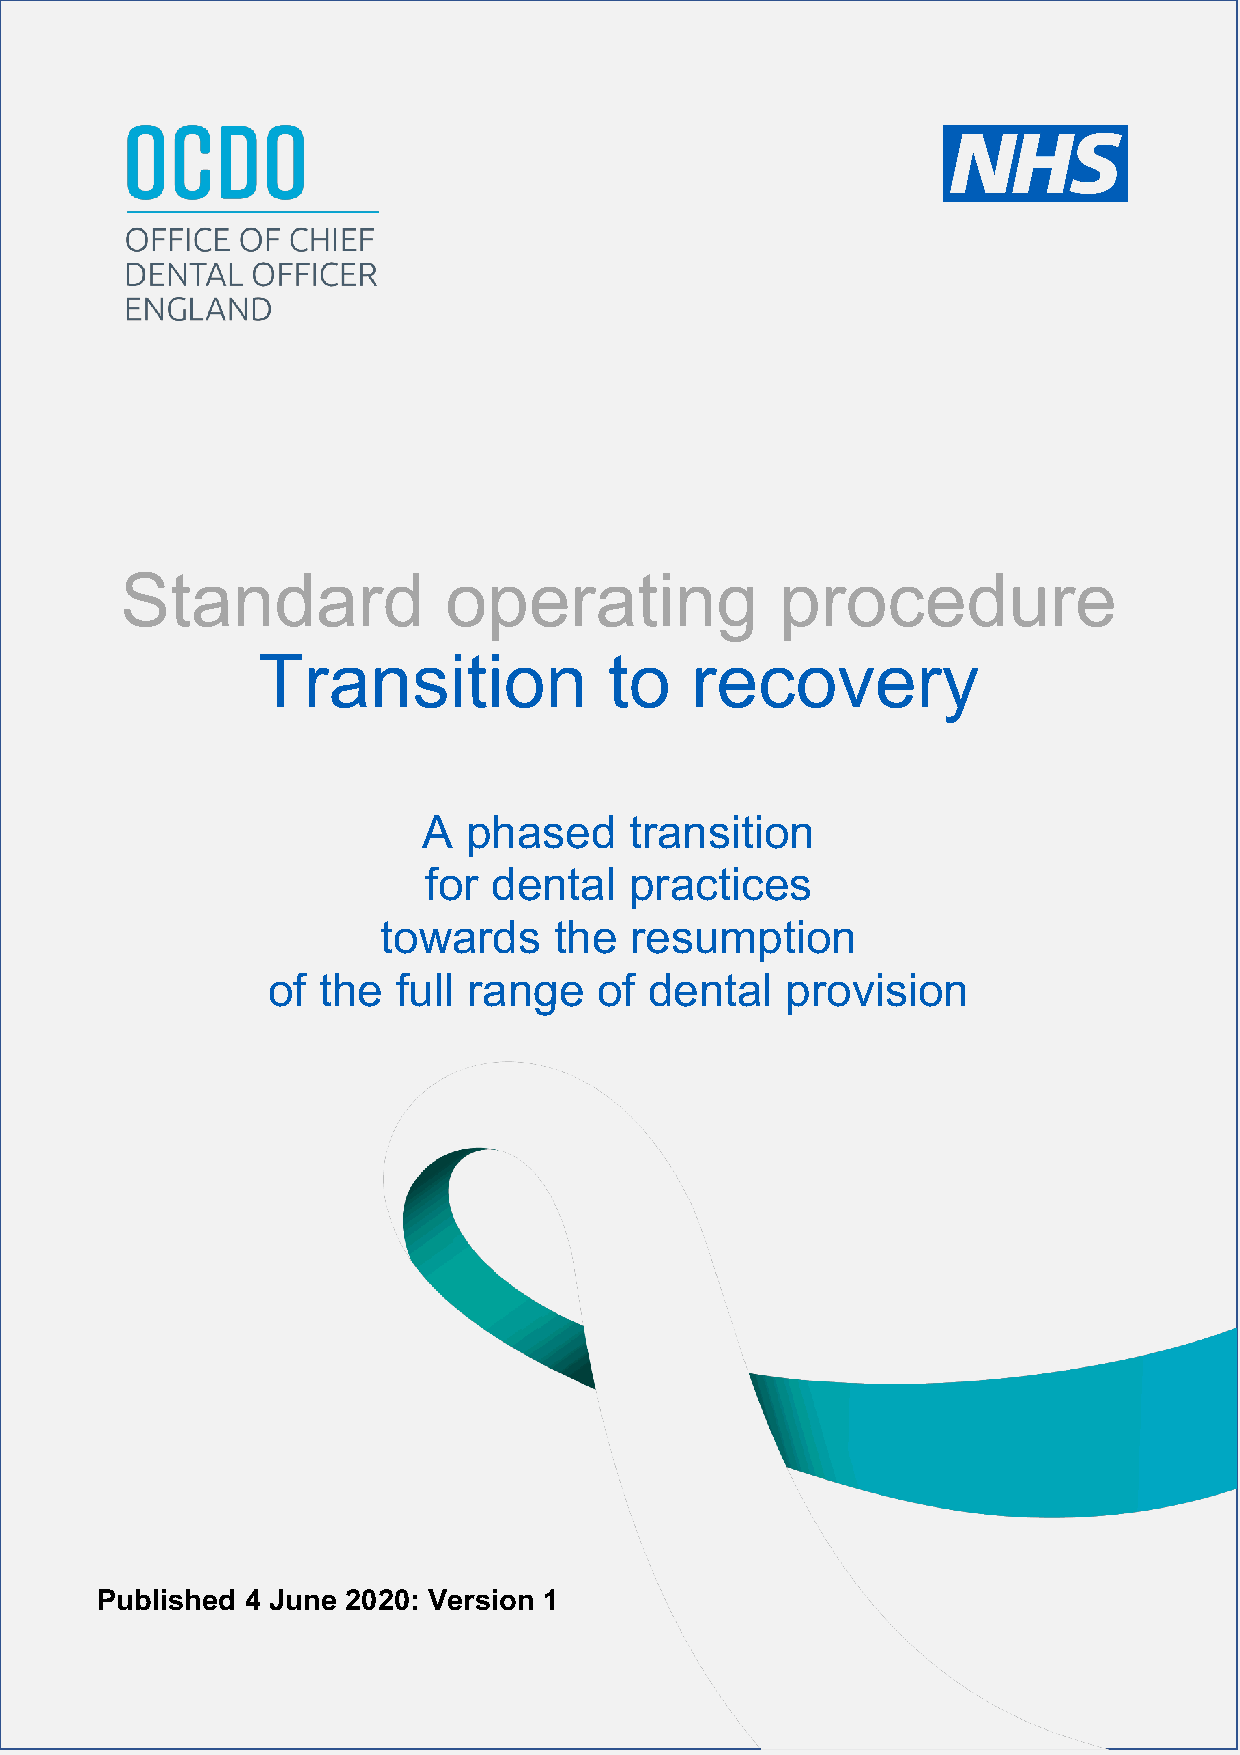
Standard             operating              procedure
 Transition             to    recovery
 A  phased     transition
 for  dental   practices
 towards     the  resumption
 of the  full range    of dental   provision
 Published 4 June 2020: Version 1
 1